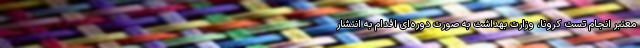
معتبر انجام تست کرونا،‌ وزارت بهداشت به صورت دوره‌ای اقدام به انتشار